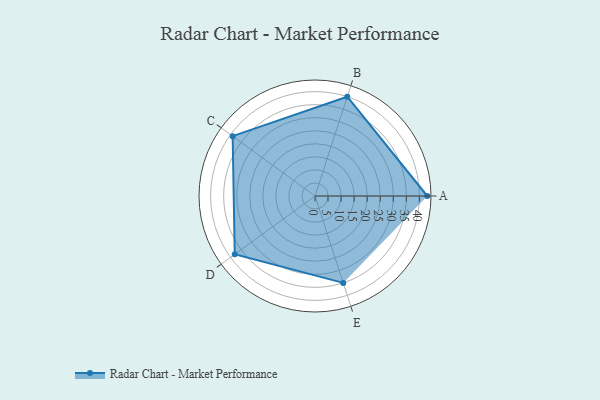
{"axis": {"x": "Skill", "y": "Score"}, "legend": ["Profile"], "data": [{"x": "A", "y": 43.0, "type": "Profile"}, {"x": "B", "y": 40.0, "type": "Profile"}, {"x": "C", "y": 39.0, "type": "Profile"}, {"x": "D", "y": 38.0, "type": "Profile"}, {"x": "E", "y": 35.0, "type": "Profile"}]}